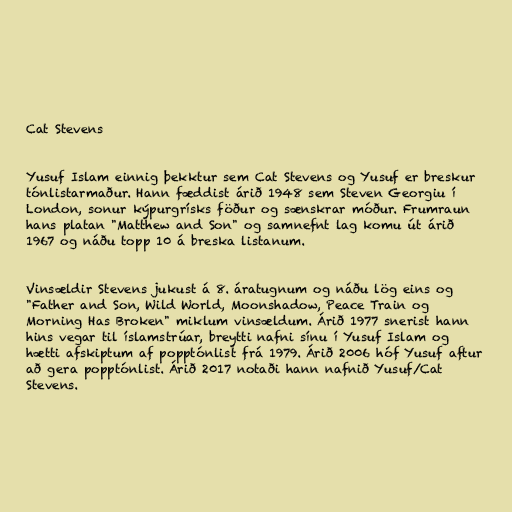
Cat Stevens

Yusuf Islam einnig þekktur sem Cat Stevens og Yusuf er breskur
tónlistarmaður. Hann fæddist árið 1948 sem Steven Georgiu í
London, sonur kýpurgrísks föður og sænskrar móður. Frumraun
hans platan "Matthew and Son" og samnefnt lag komu út árið
1967 og náðu topp 10 á breska listanum.

Vinsældir Stevens jukust á 8. áratugnum og náðu lög eins og
"Father and Son, Wild World, Moonshadow, Peace Train og
Morning Has Broken" miklum vinsældum. Árið 1977 snerist hann
hins vegar til íslamstrúar, breytti nafni sínu í Yusuf Islam og
hætti afskiptum af popptónlist frá 1979. Árið 2006 hóf Yusuf aftur
að gera popptónlist. Árið 2017 notaði hann nafnið Yusuf/Cat
Stevens.